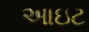
આઇટ